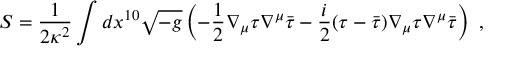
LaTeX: S = \frac { 1 } { 2 \kappa ^ { 2 } } \int d x ^ { 1 0 } \sqrt { - g } \left( - \frac { 1 } { 2 } \nabla _ { \mu } \tau \nabla ^ { \mu } \bar { \tau } - \frac { i } { 2 } ( \tau - \bar { \tau } ) \nabla _ { \mu } \tau \nabla ^ { \mu } \bar { \tau } \right) ~ ,